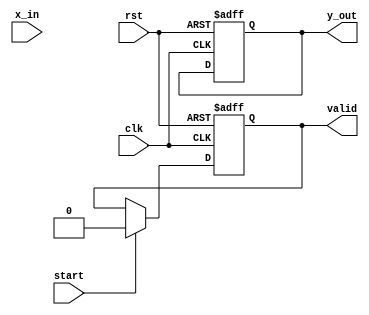
module cordic_reciprocal (
    input wire clk,
    input wire rst,
    input wire [15:0] x_in, // Input fixed-point number (0, 1)
    input wire start, // Signal to start computation
    output reg [15:0] y_out, // Reciprocal output
    output reg valid // Output valid signal
);

parameter NUM_ITERATIONS = 16; // Number of CORDIC iterations
reg [15:0] x[0:NUM_ITERATIONS-1]; // x values
reg [15:0] y[0:NUM_ITERATIONS-1]; // y values
reg [15:0] angle[0:NUM_ITERATIONS-1]; // Angle values
reg [3:0] iteration; // Current iteration count
reg [15:0] scaling_factor = 16'hB504; // Scaling factor (1/sqrt(2))

// Initialize the angle lookup table (in fixed-point format)
initial begin
    angle[0] = 16'h0000; // atan(2^0)
    angle[1] = 16'h3C90; // atan(2^-1)
    angle[2] = 16'h3A2B; // atan(2^-2)
    angle[3] = 16'h38E3; // atan(2^-3)
    // Continue filling the angle table...
    // For brevity, additional values are not shown
end

always @(posedge clk or posedge rst) begin
    if (rst) begin
        iteration <= 0;
        y_out <= 0;
        valid <= 0;
    end else if (start) begin
        // Initialization
        x[0] <= x_in; // Load input
        y[0] <= 0; // Initial y value
        iteration <= 0;
        valid <= 0;
    end else if (iteration < NUM_ITERATIONS) begin
        // CORDIC Iteration
        if (x[iteration] >= 0) begin
            x[iteration + 1] <= x[iteration] - (y[iteration] >>> iteration);
            y[iteration + 1] <= y[iteration] + (x[iteration] >>> iteration);
        end else begin
            x[iteration + 1] <= x[iteration] + (y[iteration] >>> iteration);
            y[iteration + 1] <= y[iteration] - (x[iteration] >>> iteration);
        end
        iteration <= iteration + 1;
    end else if (iteration == NUM_ITERATIONS) begin
        // Final output
        y_out <= x[NUM_ITERATIONS] * scaling_factor; // Scale the output
        valid <= 1; // Signal that output is valid
    end
end

endmodule